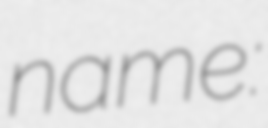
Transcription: name: